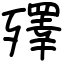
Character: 殬